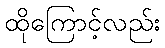
ထိုကြောင့်လည်း